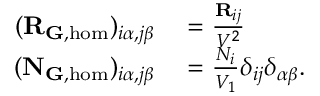
\begin{array} { r l } { ( \mathbf { R } _ { { \mathbf G } , \mathrm { h o m } } ) _ { i \alpha , j \beta } } & { { } = \frac { \mathbf { R } _ { i j } } { V ^ { 2 } } } \\ { ( \mathbf { N } _ { \mathbf { G } , \mathrm { h o m } } ) _ { i \alpha , j \beta } } & { { } = \frac { N _ { i } } { V _ { 1 } } \delta _ { i j } \delta _ { \alpha \beta } . } \end{array}